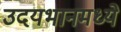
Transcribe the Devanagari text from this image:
उदयभानमध्ये